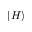
| H \rangle